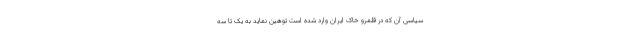
سیاسی آن که در قلمرو خاک ایران وارد شده است توهین نماید به یک تا سه